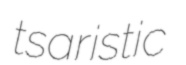
tsaristic